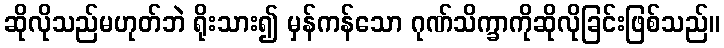
ဆိုလိုသည်မဟုတ်ဘဲ ရိုးသား၍ မှန်ကန်သော ဂုဏ်သိက္ခာကိုဆိုလိုခြင်းဖြစ်သည်။